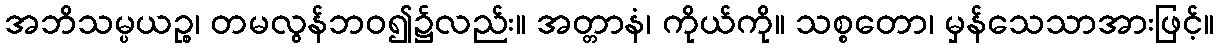
အဘိသမ္ပယဉ္စ၊ တမလွန်ဘဝ၍၌လည်း။ အတ္တာနံ၊ ကိုယ်ကို။ သစ္စတော၊ မှန်သေသာအားဖြင့်။